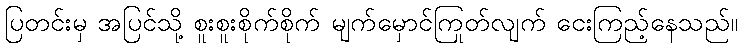
ပြတင်းမှ အပြင်သို့ စူးစူးစိုက်စိုက် မျက်မှောင်ကြုတ်လျက် ငေးကြည့်နေသည်။